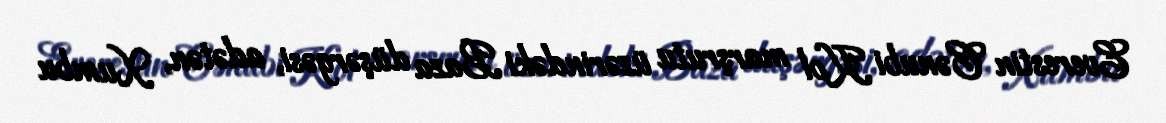
Everestin Cənubi Kol marşrutu üzərindəki Baza düşərgəsi, adətən, Xumbu